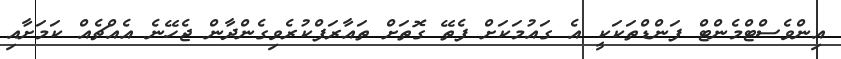
އިންވެސްޓްމެންޓް ފަންޑްތަކަކީ އެ ގައުމަކަށް ފެތޭ ގޮތަށް ތައާރަފްކުރެވިގެންދާން ޖެހޭނެ އެއްޗެއް ކަމަށާއި